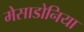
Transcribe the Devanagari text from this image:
मेसाडोनिया